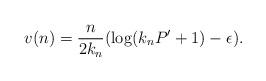
LaTeX: \begin{align*}v(n) = \frac{n}{2 k_n } (\log(k_n P' +1) - \epsilon) .\end{align*}